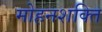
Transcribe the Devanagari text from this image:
मोहनशक्ति